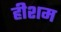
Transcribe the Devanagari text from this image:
हीशम